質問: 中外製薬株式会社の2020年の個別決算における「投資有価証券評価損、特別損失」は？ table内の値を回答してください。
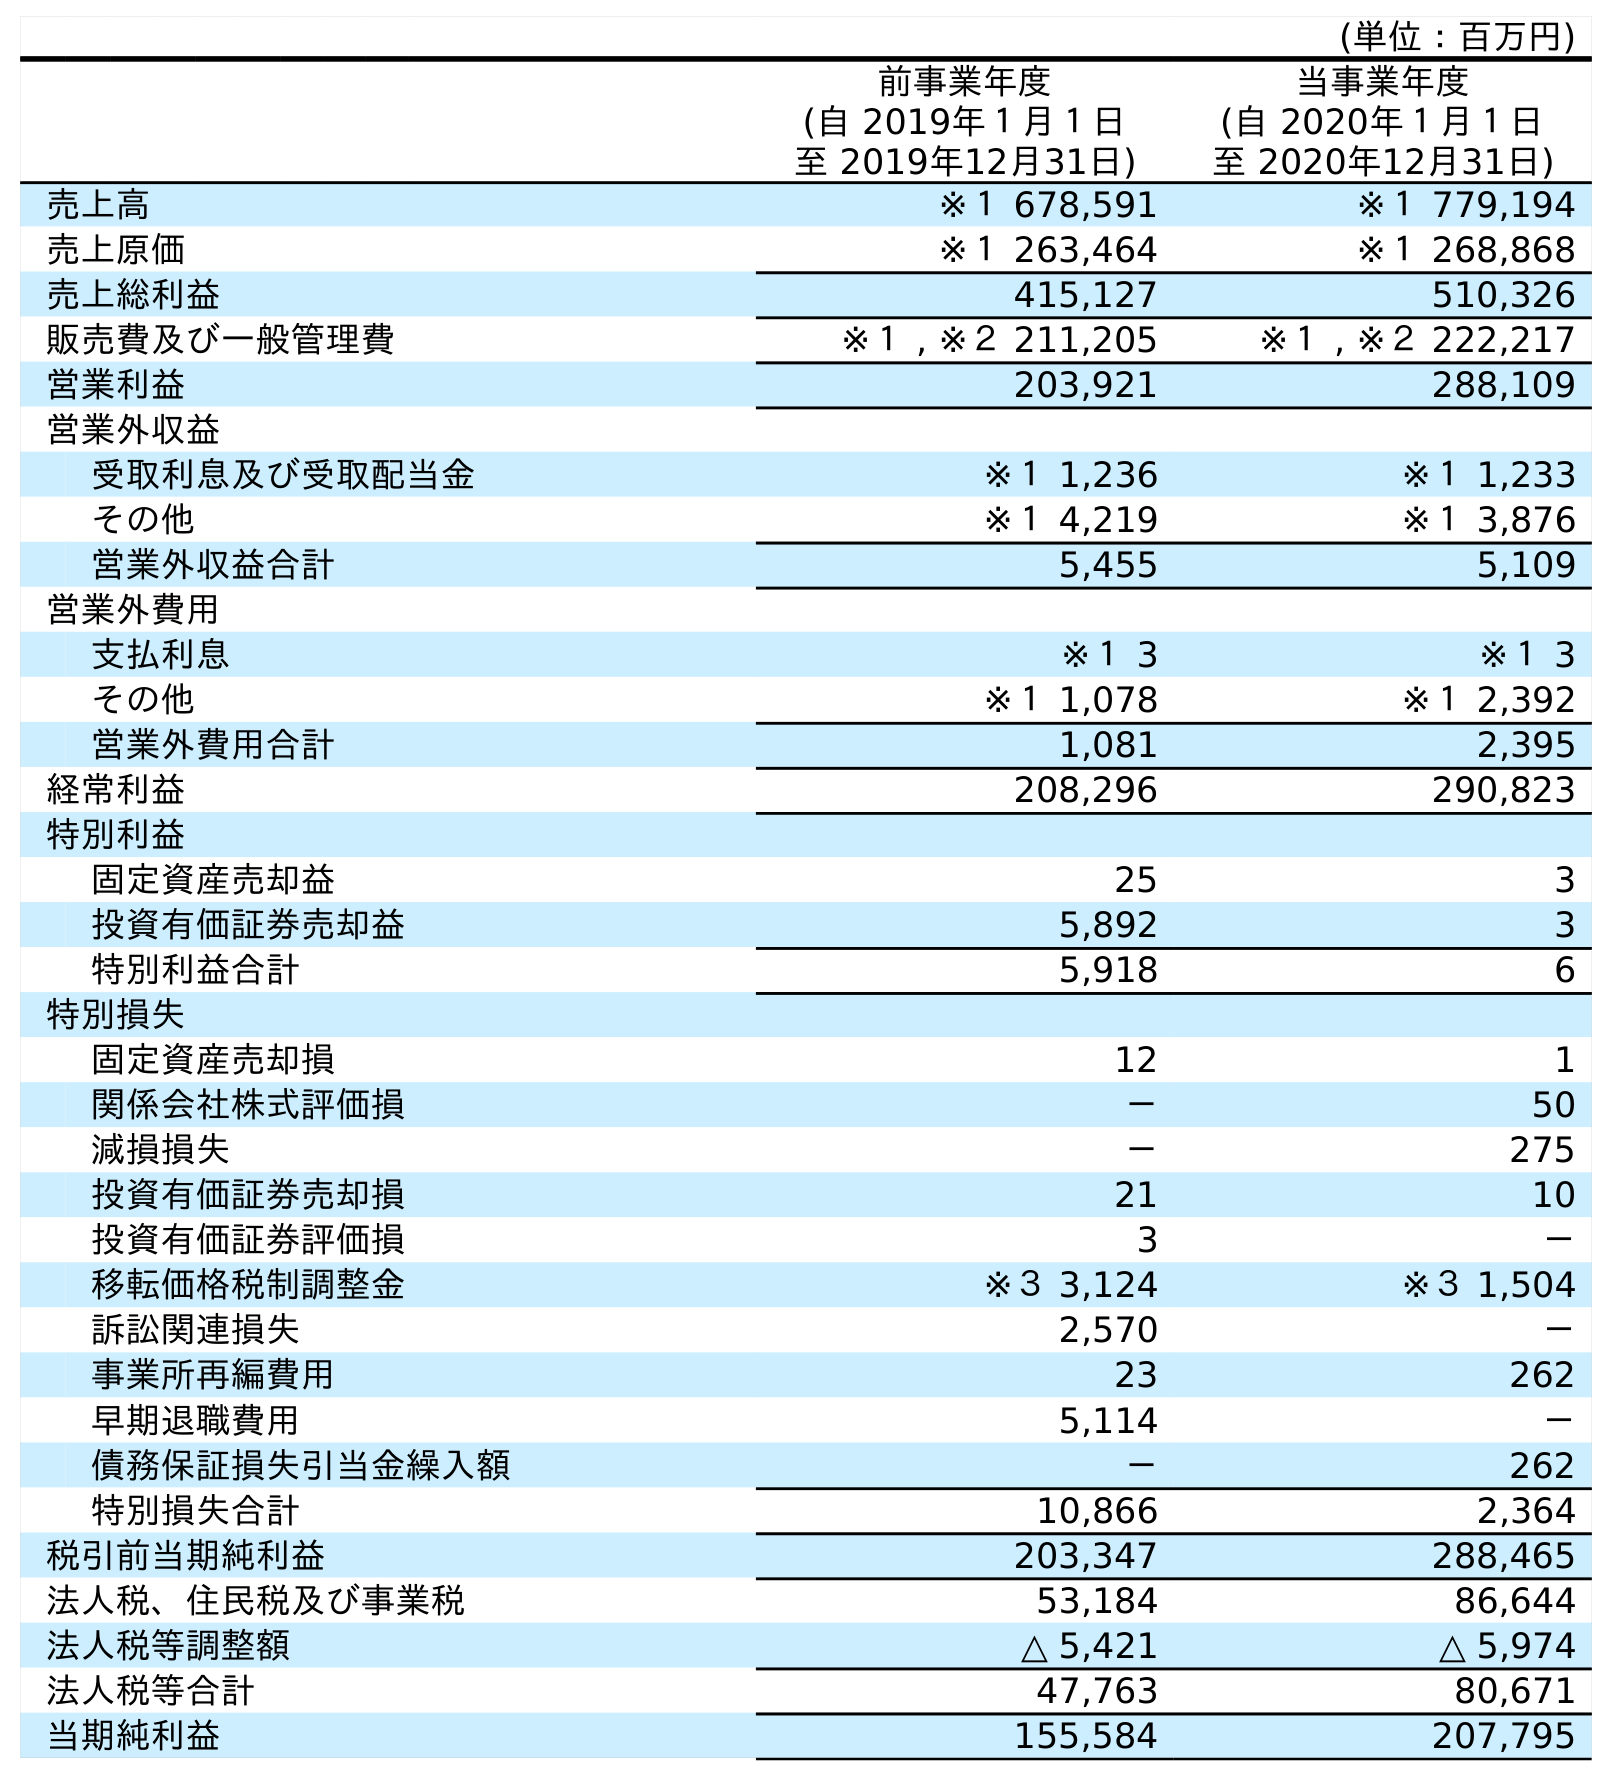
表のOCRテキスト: (単位：百万円) 前事業年度 (自 2019年１月１日 至 2019年12月31日) 当事業年度 (自 2020年１月１日 至 2020年12月31日) 売上高 ※１ 678,591 ※１ 779,194 売上原価 ※１ 263,464 ※１ 268,868 売上総利益 415,127 510,326 販売費及び一般管理費 ※１ , ※２ 211,205 ※１ , ※２ 222,217 営業利益 203,921 288,109 営業外収益 受取利息及び受取配当金 ※１ 1,236 ※１ 1,233 その他 ※１ 4,219 ※１ 3,876 営業外収益合計 5,455 5,109 営業外費用 支払利息 ※１ 3 ※１ 3 その他 ※１ 1,078 ※１ 2,392 営業外費用合計 1,081 2,395 経常利益 208,296 290,823 特別利益 固定資産売却益 25 3 投資有価証券売却益 5,892 3 特別利益合計 5,918 6 特別損失 固定資産売却損 12 1 関係会社株式評価損 － 50 減損損失 － 275 投資有価証券売却損 21 10 投資有価証券評価損 3 － 移転価格税制調整金 ※３ 3,124 ※３ 1,504 訴訟関連損失 2,570 － 事業所再編費用 23 262 早期退職費用 5,114 － 債務保証損失引当金繰入額 － 262 特別損失合計 10,866 2,364 税引前当期純利益 203,347 288,465 法人税、住民税及び事業税 53,184 86,644 法人税等調整額 △ 5,421 △ 5,974 法人税等合計 47,763 80,671 当期純利益 155,584 207,795
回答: －